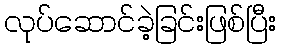
လုပ်ဆောင်ခဲ့ခြင်းဖြစ်ပြီး